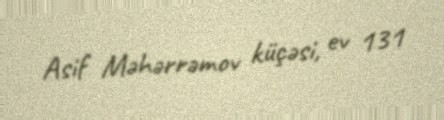
Asif Məhərrəmov küçəsi, ev 131